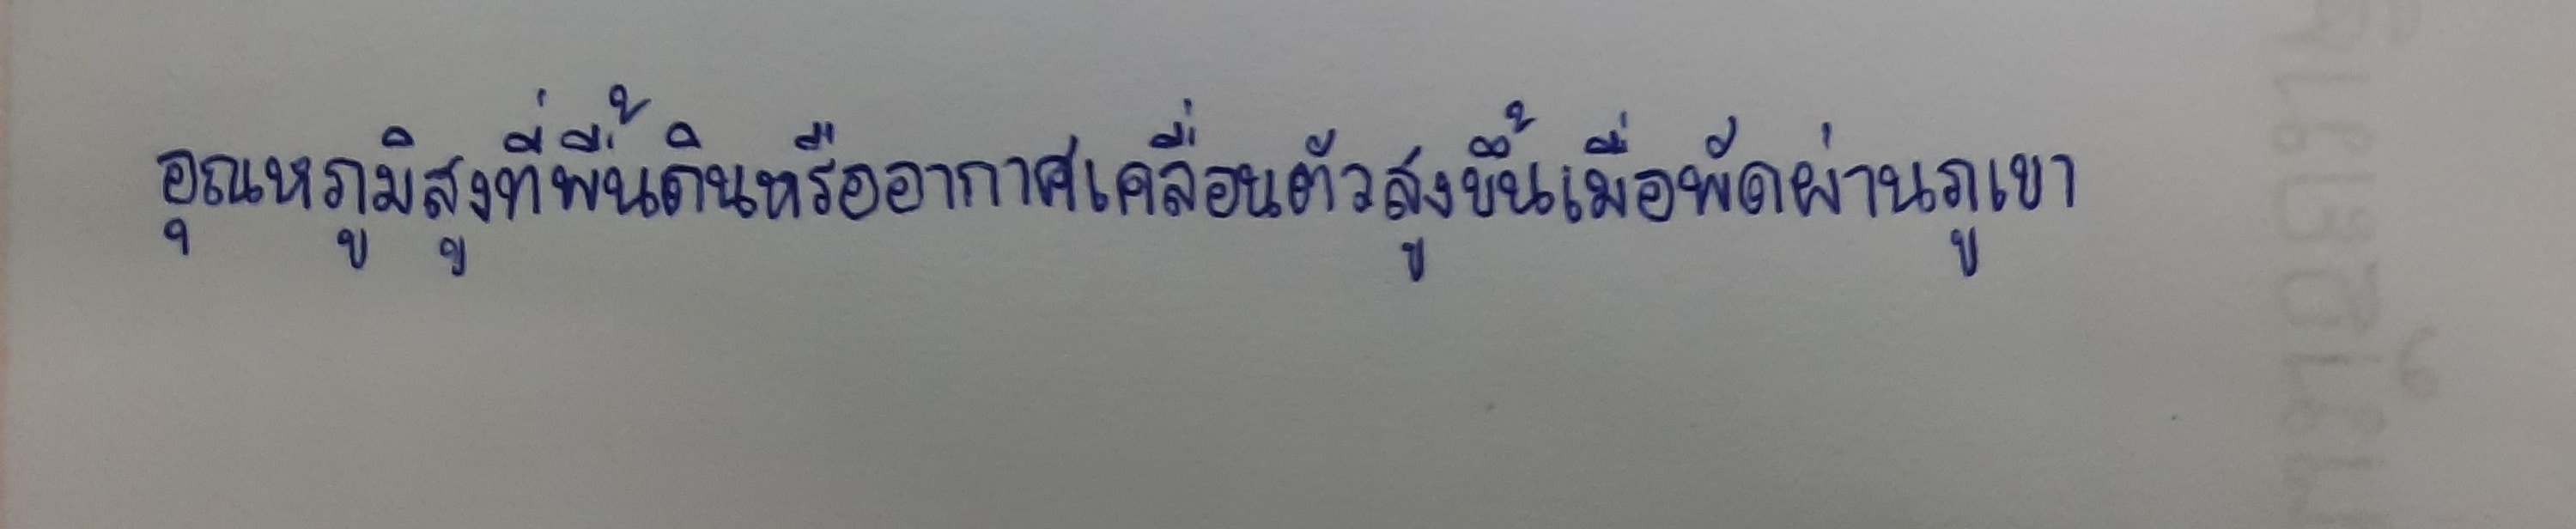
อุณหภูมิสูงที่พื้นดินหรืออากาศเคลื่อนตัวสูงขึ้นเมื่อพัดผ่านภูเขา